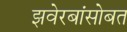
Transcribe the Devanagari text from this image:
झवेरबांसोबत